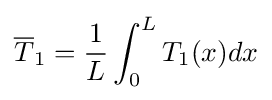
{\overline {T}}_{1}={\frac {1}{L}}\int _{0}^{L}T_{1}(x)dx